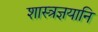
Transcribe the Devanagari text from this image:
शास्त्रज्ञयानि